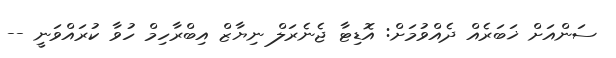
ސަންއަށް ޚަބަރެއް ދެއްވުމަށް: އޮޑިޓާ ޖެނެރަލް ނިޔާޒް އިބްރާހިމް ހުވާ ކުރައްވަނީ --